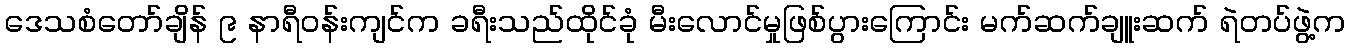
ဒေသစံတော်ချိန် ၉ နာရီဝန်းကျင်က ခရီးသည်ထိုင်ခုံ မီးလောင်မှုဖြစ်ပွားကြောင်း မက်ဆက်ချူးဆက် ရဲတပ်ဖွဲ့က